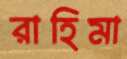
রাহিমা